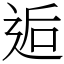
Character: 逅